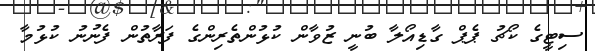
ސިޓީގެ ކޯޗު ޕެޕް ގާޑިއޯލާ ބުނީ ޒުވާން ކުޅުންތެރިންގެ ފަރާތުން ފެނުނު ކުޅުމާ